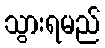
သွားရမည်